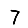
Digit: 7